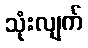
သုံးလျက်